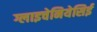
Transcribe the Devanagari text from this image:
ग्लाइचेनियेसिई